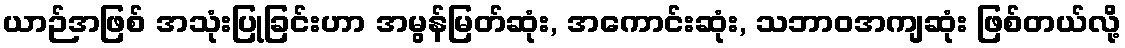
ယာဉ်အဖြစ် အသုံးပြုခြင်းဟာ အမွန်မြတ်ဆုံး, အကောင်းဆုံး, သဘာဝအကျဆုံး ဖြစ်တယ်လို့